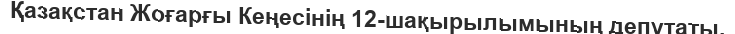
Қазақстан Жоғарғы Кеңесінің 12-шақырылымының депутаты.